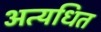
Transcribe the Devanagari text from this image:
अत्यधित